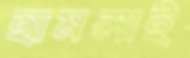
হামলাই